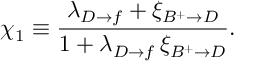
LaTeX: \chi _ { 1 } \equiv \frac { \lambda _ { D \rightarrow f } + \xi _ { B ^ { + } \rightarrow D } } { 1 + \lambda _ { D \rightarrow f } \, \xi _ { B ^ { + } \rightarrow D } } .